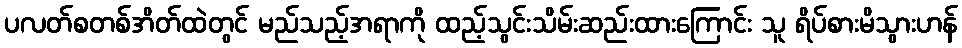
ပလတ်စတစ်အိတ်ထဲတွင် မည်သည့်အရာကို ထည့်သွင်းသိမ်းဆည်းထားကြောင်း သူ ရိပ်စားမိသွားဟန်